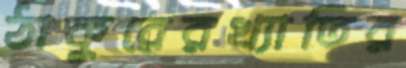
ঠাকুরেরখ্যাতির